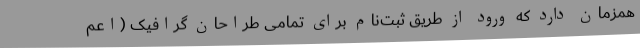
همزمان دارد که ورود از طریق ثبت‌نام برای تمامی طراحان گرافیک (اعم